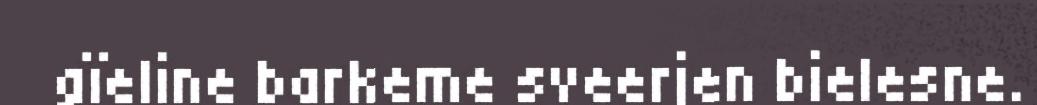
gïeline barkeme sveerjen bielesne.